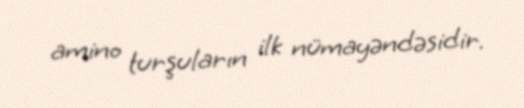
amino turşuların ilk nümayəndəsidir.